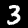
Digit: 3